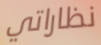
نظاراتي